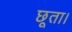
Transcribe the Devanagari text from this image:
छूता।